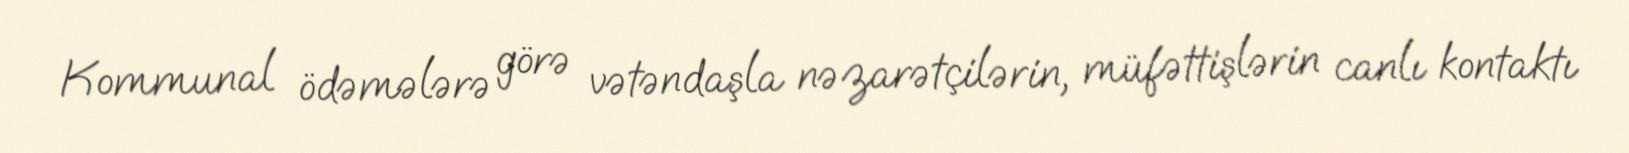
Kommunal ödəmələrə görə vətəndaşla nəzarətçilərin, müfəttişlərin canlı kontaktı